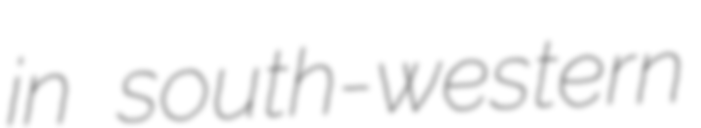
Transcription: in south-western